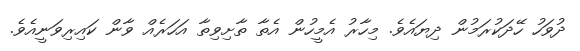
ދުވަހު ހޭދަކުރަމުން ދިޔައެވެ. މިހާރު އެމީހުން އެތާ ތާށިވިތާ އަހަރެއް ވާން ކައިރިވަނީއެވެ.